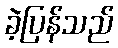
ခဲ့ပြန်သည်